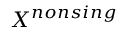
X ^ { n o n s i n g }